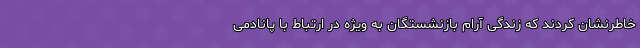
خاطرنشان کردند که زندگی آرام بازنشستگان به ویژه در ارتباط با پانادمی